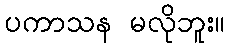
ပကာသန မလိုဘူး။